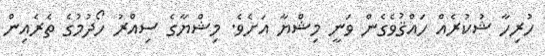
ހުރިހާ ޝުކުރެއް ހައްޤުވެގެން ވަނީ މިޝްޔާ އަށެވެ. މިޝްޔާގެ ސިއްރު ހޯދުމުގެ ތެރެއިން